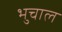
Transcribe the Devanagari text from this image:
भुचाल